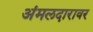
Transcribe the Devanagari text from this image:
अंमलदारावर